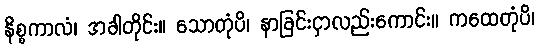
နိစ္စကာလံ၊ အခါတိုင်း။ သောတုံပိ၊ နာခြင်းငှာလည်းကောင်း။ ကထေတုံပိ၊